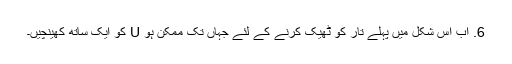
6. اب اس شکل میں پہلے تار کو ٹھیک کرنے کے لئے جہاں تک ممکن ہو U کو ایک ساتھ کھینچیں۔